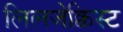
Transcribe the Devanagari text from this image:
लिलजेक्विस्ट